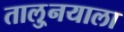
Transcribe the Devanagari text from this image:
तालु्नयाला